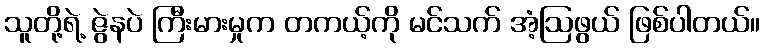
သူတို့ရဲ့ ဇွဲနပဲ ကြီးမားမှုက တကယ့်ကို မင်သက် အံ့ဩဖွယ် ဖြစ်ပါတယ်။